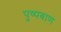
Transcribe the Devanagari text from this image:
पुष्पबाण